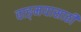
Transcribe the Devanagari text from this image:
वाङ्‌मयासाठी